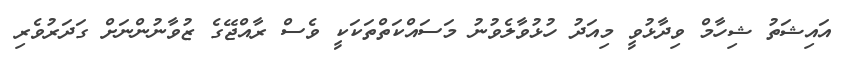
އައިޝަތު ޝިހާމް ވިދާޅުވީ މިއަދު ހުޅުވާލެވުނު މަސައްކަތްތަކަކީ ވެސް ރާއްޖޭގެ ޒުވާނުންނަށް ގަދަރުވެރި